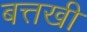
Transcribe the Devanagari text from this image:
बत्तखी